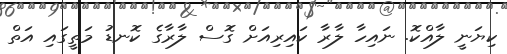
ކިޔަނީ ލާއްކޮ. ނައިހާ ލާރާ ކައިރިއަށް ގޮސް ލާރާގެ ކޮނޑު މަތީގައި އަތް